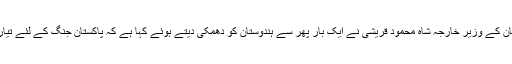
پاکستان کے وزیر خارجہ شاہ محمود قریشی نے ایک بار پھر سے ہندوستان کو دھمکی دیتے ہوئے کہا ہے کہ پاکستان جنگ کے لئے تیار ہے۔